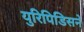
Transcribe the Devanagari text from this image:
युरिपिडिसने